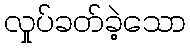
လှုပ်ခတ်ခဲ့သော